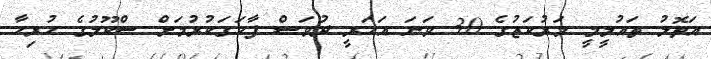
އަތޮލު ތައުލީމީ މަރުކަޒުގެ 30 ވަނަ އަހަރީ ދުވަސް ފާހަގަކުރުމަށް ސްކޫލުގެ ހުރިހާ